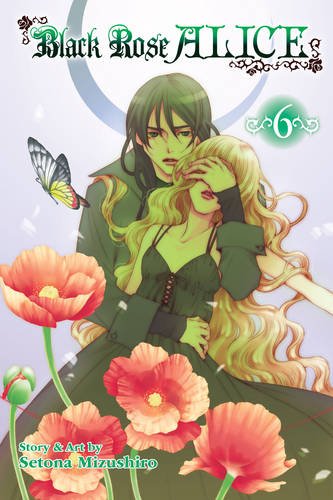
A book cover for Black Rose Alice, Vol. 6; Setona Mizushiro; Comics & Graphic Novels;